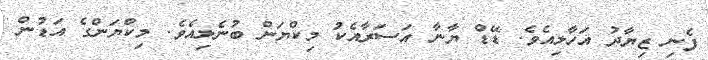
ފެނި ޒިޔާދު އަހާލިއެވެ. ޑޭޑް ޔާނާ އަސަރާއެކު މިކްޔަން ބުނެލިއެވެ. މިކްޔަންގެ އަޑުން